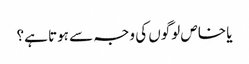
یا خاص لوگوں کی وجہ سے ہوتا ہے؟